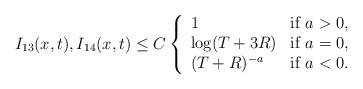
LaTeX: \begin{align*}I_{13}(x,t), I_{14}(x,t)\le C\left\{\begin{array}{ll}1 &\mbox{if} \ a>0,\\ \log(T+3R) &\mbox{if} \ a=0,\\(T+R)^{-a} & \mbox{if} \ a<0.\\\end{array}\right.\end{align*}